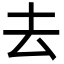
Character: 去